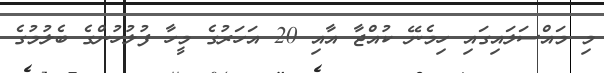
މި މައްސަލައިގައި ހިމެނޭ ކުއްޖާ އާއި 20 އަހަރުގެ މީހާ ފުލުހުންގެ ބެލުމުގެ